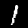
Digit: 1